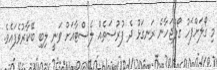
މި ގޯލަށްފަހު ގޯލްޖަހާނެ ރަނގަޅު ދެ ފުރުސަތެއް ލެސްޓާއަށް ވަނީ ލިބި ބޭކާރުވެފައެވެ.